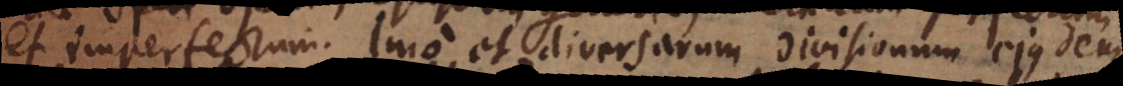
et imperfectum. Imo et diversarum divisionum ejusdem